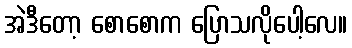
အဲဒီတော့ စောစောက ပြောသလိုပေါ့လေ။